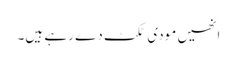
انھیں مودی ٹکٹ دے رہے ہیں۔